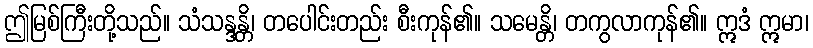
ဤမြစ်ကြီးတို့သည်။ သံသန္ဒန္တိ၊ တပေါင်းတည်း စီးကုန်၏။ သမေန္တိ၊ တကွလာကုန်၏။ ဣဒံ ဣမာ၊